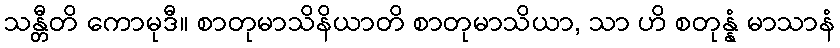
သန္တီတိ ကောမုဒီ။ စာတုမာသိနိယာတိ စာတုမာသိယာ, သာ ဟိ စတုန္နံ မာသာနံ